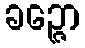
ခဉ္ဇော